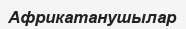
Африкатанушылар